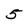
Character: 5